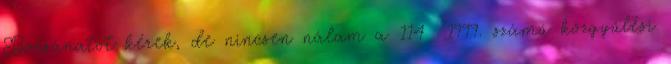
Bocsánatot kérek, de nincsen nálam a 114 1999. számú közgyűlési